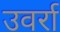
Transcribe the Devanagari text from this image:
उवर्रा